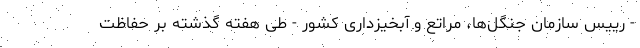
- رییس سازمان جنگل‌ها، مراتع و آبخیزداری کشور - طی هفته گذشته بر حفاظت